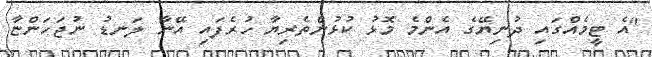
"އެ ޓީމެއްގައި ދުނިޔޭގެ އެންމެ މޮޅު ކުޅުންތެރިޔާ ހުރެފައި އޭނާ ލަނޑު ނުޖަހަންޏާ